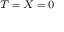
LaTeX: \scriptstyle T \; = \; X \; = \; 0